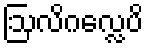
ဩလိဂလ္လေပိ